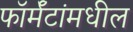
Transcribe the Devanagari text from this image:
फॉर्मॅटांमधील